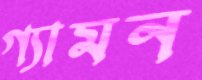
গ্যামন